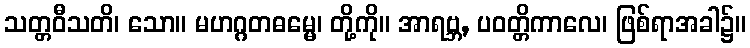
သတ္တဝီသတိ၊ သော။ မဟဂ္ဂတဓမ္မေ၊ တို့ကို။ အာရဗ္ဘ, ပဝတ္တိကာလေ၊ ဖြစ်ရာအခါ၌။